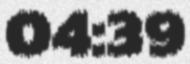
04:39